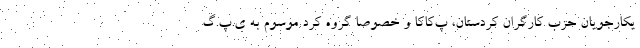
یکارجویان حزب کارگران کردستان، پ‌کاکا و خصوصا گروه کُرد موسوم به ی.پ.گ